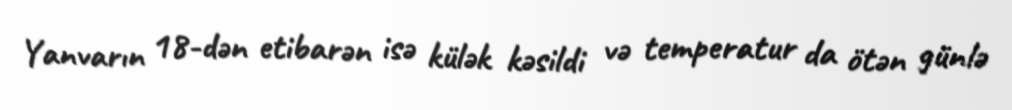
Yanvarın 18-dən etibarən isə külək kəsildi və temperatur da ötən günlə